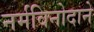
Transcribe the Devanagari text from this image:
नर्मविनोदाने